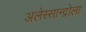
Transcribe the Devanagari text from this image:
अलेस्सान्द्रोला